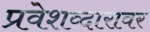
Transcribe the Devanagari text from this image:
प्रवेशव्दारावर